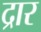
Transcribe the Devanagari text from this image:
द्रार